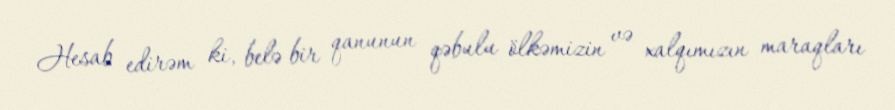
Hesab edirəm ki, belə bir qanunun qəbulu ölkəmizin və xalqımızın maraqları